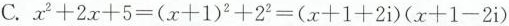
C. $$x ^ { 2 } + 2 x + 5 = ( x + 1 ) ^ { 2 } + 2 ^ { 2 } = ( x + 1 + 2 i ) ( x + 1 - 2 i )$$